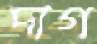
দাগ